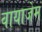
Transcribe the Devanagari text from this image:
वायाजेम